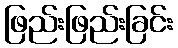
ဖြည်းဖြည်းခြင်း